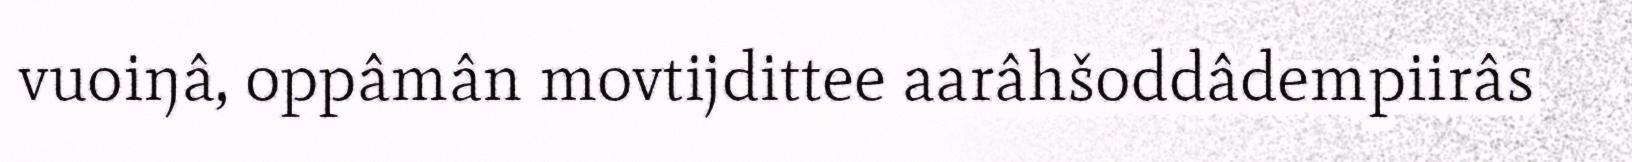
vuoiŋâ, oppâmân movtijdittee aarâhšoddâdempiirâs